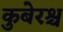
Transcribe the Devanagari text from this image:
कुबेरश्च